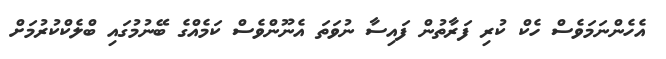
އެހެންނަމަވެސް ހެކް ކުރި ފަރާތުން ފައިސާ ނުވަތަ އެނޫންވެސް ކަމެއްގެ ބޭނުމުގައި ބްލެކްކުރުމަށް